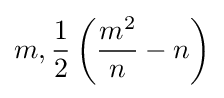
m,{\frac {1}{2}}\left({m^{2} \over n}-n\right)